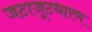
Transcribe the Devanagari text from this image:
जटाजूटधारण